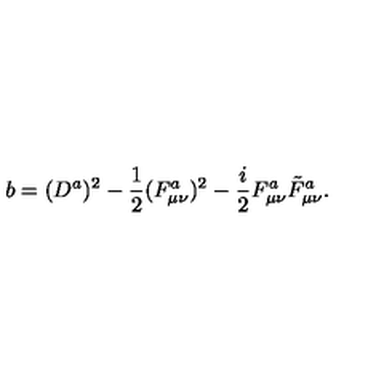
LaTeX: b = ( D ^ { a } ) ^ { 2 } - \frac { 1 } { 2 } ( F _ { \mu \nu } ^ { a } ) ^ { 2 } - \frac { i } { 2 } F _ { \mu \nu } ^ { a } \tilde { F } _ { \mu \nu } ^ { a } .